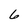
Character: 6